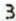
3